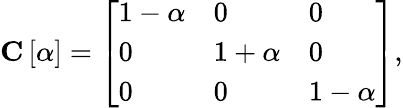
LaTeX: \textbf{C}\left[\alpha\right]=\left[\begin{array}{lll}{1-\alpha}&{0}&{0}\\ {0}&{1+\alpha}&{0}\\ {0}&{0}&{1-\alpha}\end{array}\right],